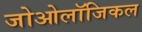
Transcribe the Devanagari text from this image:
जोओलॉजिकल